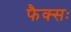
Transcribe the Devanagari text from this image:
फैक्सः